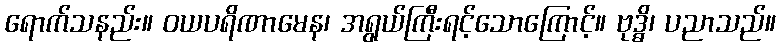
ရောက်သနည်း။ ဝယပရိဏာမေန၊ အရွယ်ကြီးရင့်သောကြောင့်။ ဗုဒ္ဓိ၊ ပညာသည်။